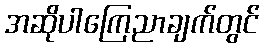
အဆိုပါကြေညာချက်တွင်